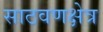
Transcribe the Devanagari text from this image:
साठवणक्षेत्र